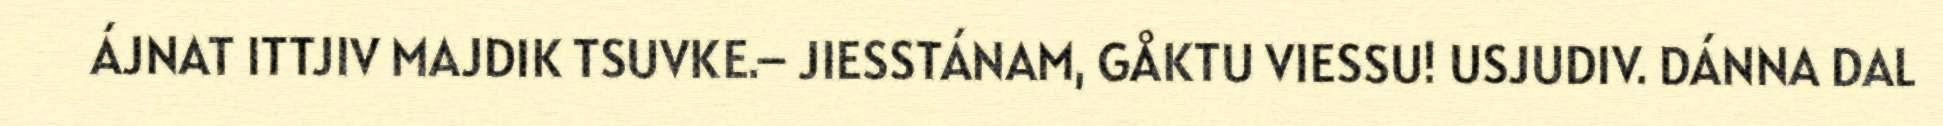
ÁJNAT ITTJIV MAJDIK TSUVKE.– JIESSTÁNAM, GÅKTU VIESSU! USJUDIV. DÁNNA DAL